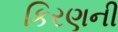
કિરણની